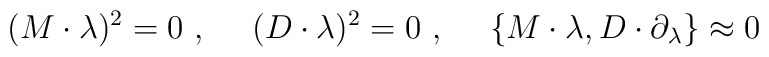
(M \cdot \lambda)^2 = 0\ , \hspace{3ex}   (D \cdot \lambda)^2 =   0\ , \hspace{3ex} \{M \cdot \lambda, D \cdot \partial_{\lambda}\}   \approx 0